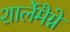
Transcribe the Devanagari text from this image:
शार्लेमैग्ने